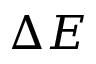
\Delta E